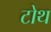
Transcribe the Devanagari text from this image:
टोथ